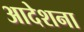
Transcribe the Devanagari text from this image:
आदेशना